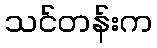
သင်တန်းက